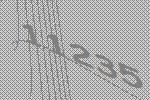
11235